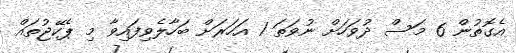
އެގޮތުން 6 މަސް ދުވަހަށް ނުވަތަ 1 އަހަރަށް ބަހާލެވިފައިވާ މި ޕެކޭޖުތައް